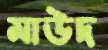
মাউদ